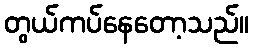
တွယ်ကပ်နေတော့သည်။